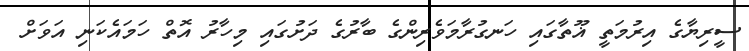
ސީރިޔާގެ އިރުމަތީ ޣޫތާގައި ހަނގުރާމަވެރިންގެ ބާރުގެ ދަށުގައި މިހާރު އޮތް ހަމައެކަނި އަވަށް